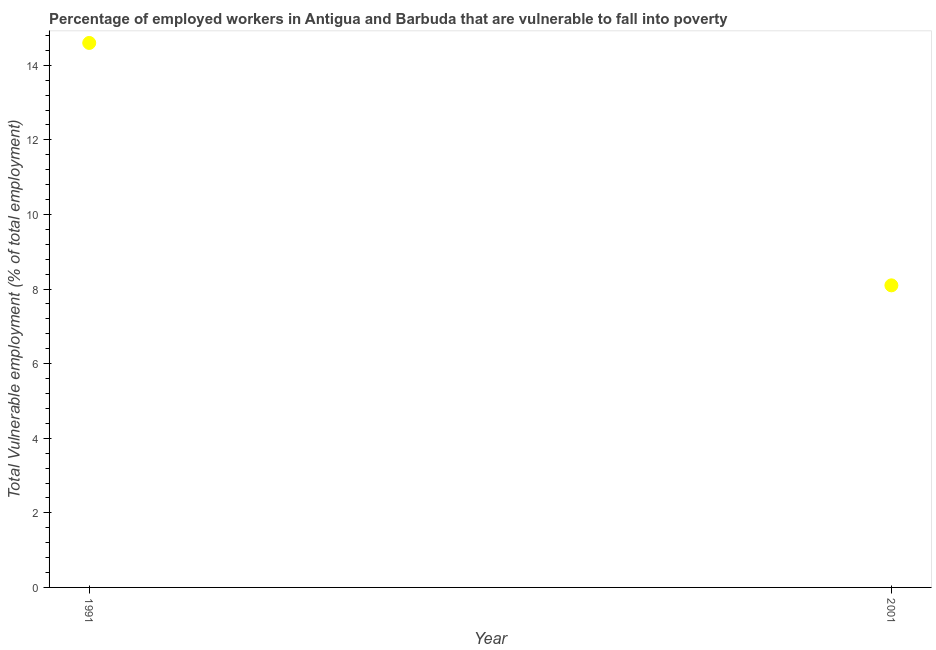
| Year | Vulnerable employment |
 | --- | --- |
 | 1991 | 14.6 |
 | 2001 | 8.1 |